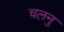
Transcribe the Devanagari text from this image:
चलनु